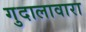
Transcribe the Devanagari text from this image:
गुदालावारा